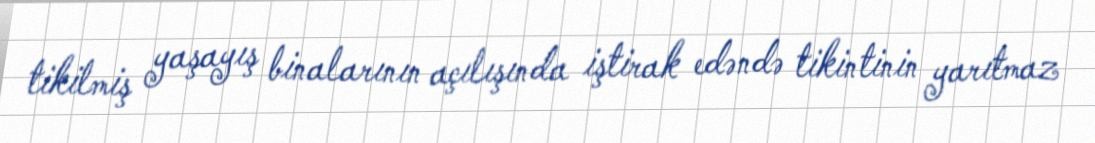
tikilmiş yaşayış binalarının açılışında iştirak edəndə tikintinin yarıtmaz